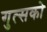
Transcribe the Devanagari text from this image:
गुत्सको